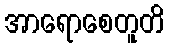
အာရောစေတူတိ